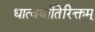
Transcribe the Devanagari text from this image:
धात्वर्थातिरिक्तम्